Annual statistical returns and brief notes on vaccination in Bengal - 1896-1909
Year: 1896
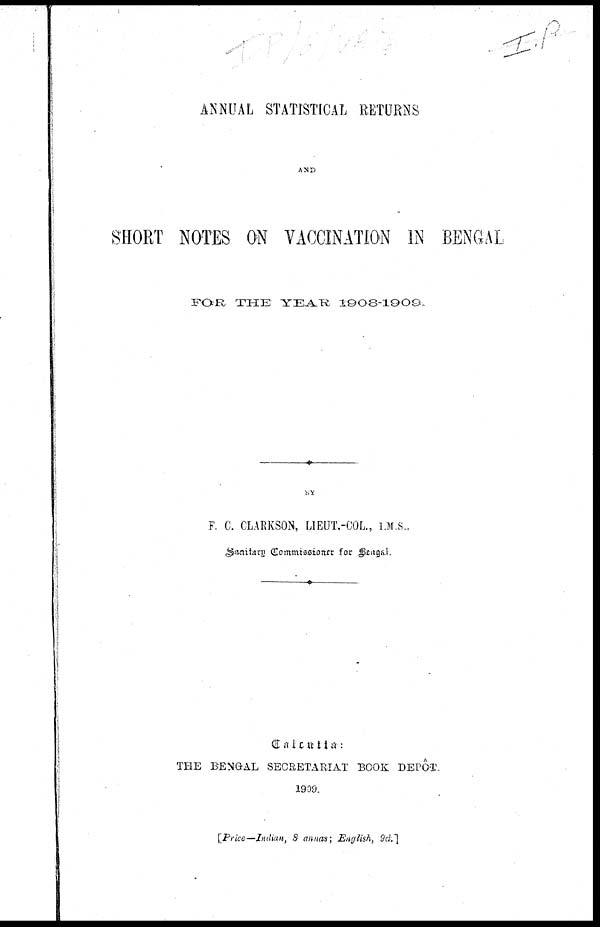
ANNUAL STATISTICAL RETURNS
AND
SHORT NOTES ON VACCINATION IN BENGAL
FOR THE YEAR
1908-1909.
by
F. C. CLARKSON, LIEUT.-COL., I.M.S.,
Sanitary Commissioner for Bengal.
Calcutta:
THE BENGAL SECRETARIAT BOOK DEPÔT
1909.
[Price—Indian, 8 annas; English, 9d.]